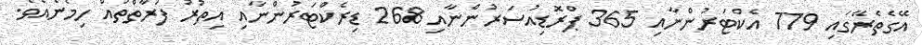
އޭގެތެރޭގައި 779 އެކްޓަރުންނާއި 365 ޕްރޮޑިއުސަރުންނާއި 268 ޑިރެކްޓަރުންނާއި އިތުރު ފަރާތްތައް ހިމެނެއެވެ.